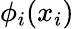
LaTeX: \phi_{i}(x_{i})